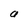
Character: a